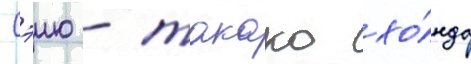
Сэию - такако хо́нда